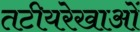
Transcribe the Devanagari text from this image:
तटीयरेखाओं